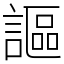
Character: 謳